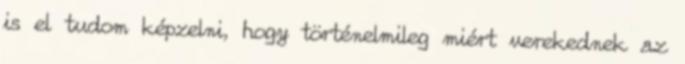
is el tudom képzelni, hogy történelmileg miért verekednek az